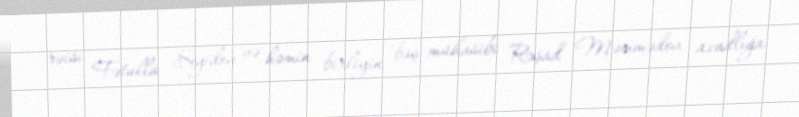
rəisi Fətulla Seyidov və həmin birliyin baş mühasibi Rəşad Məmmədov azadlığa